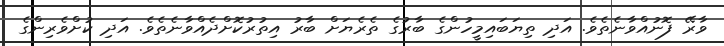
ވާރޭ ފޮނުއްވާނެތެވެ. އަދި ތިޔަބައިމީހުންގެ ބާރުގެ ތެރެޔަށް ބާރު އިތުރުކޮށްދެއްވާނެތެވެ. އަދި ކުށްވެރިންގެ